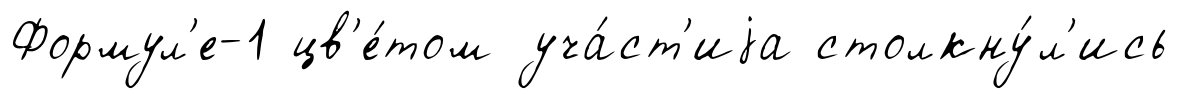
Формул'е-1 цв'е́том уча́ст'иjа столкну́л'ись